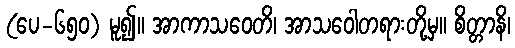
(ပေ-၆၅၀) မူ၍။ အာကာသဝေတိ၊ အာသဝေါတရားတို့မှ။ စိတ္တာနိ၊